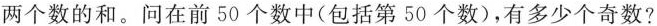
两个数的和。问在前50个数中(包括第50个数)，有多少个奇数?